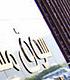
سوف